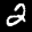
Label: 2